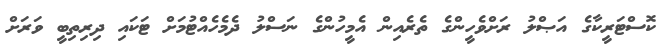
ކޮސްޓަރީކާގެ އަޞްލު ރަށްވެހީންގެ ތެރެއިން އެމީހުންގެ ނަސްލު ދެމެހެއްޓުމަށް ޓަކައި ދިރިތިބީ ވަރަށް